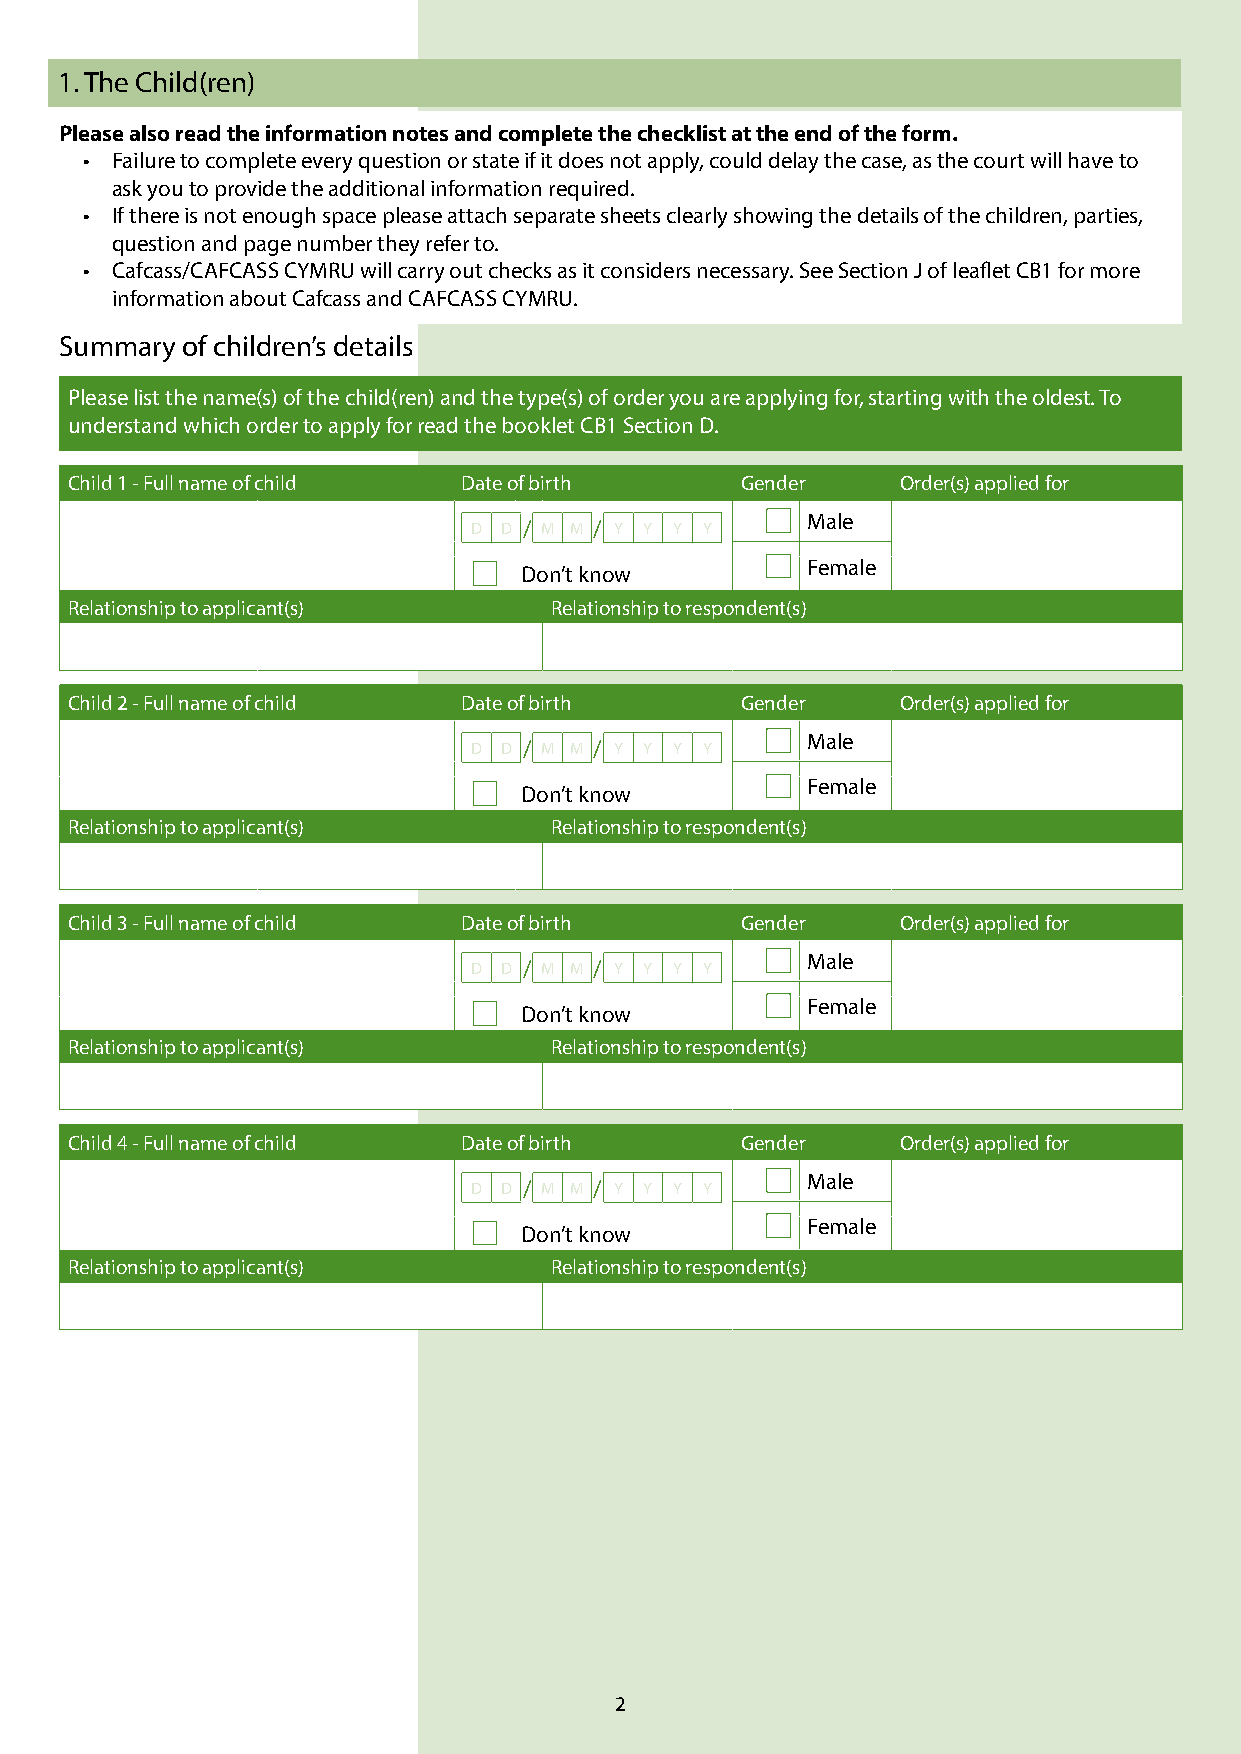
1. The Child(ren)
 Please also read the information notes and complete the checklist at the end of the form.
 • Failure to complete every question or state if it does not apply, could delay the case, as the court will have to
 ask you to provide the additional information required.
 • If there is not enough space please attach separate sheets clearly showing the details of the children, parties,
 question and page number they refer to.
 • Cafcass/CAFCASS CYMRU will carry out checks as it considers necessary. See Section J of leaflet CB1 for more
 information about Cafcass and CAFCASS CYMRU.
 Summary of children’s details
 Please list the name(s) of the child(ren) and the type(s) of order you are applying for, starting with the oldest. To
 understand which order to apply for read the booklet CB1 Section D.
 Child 1 - Full name of child Date of birth   Gender     Order(s) applied for
 D D / M M / Y Y Y Y   Male
 Female
 Don’t know
 Relationship to applicant(s)    Relationship to respondent(s)
 Child 2 - Full name of child Date of birth   Gender     Order(s) applied for
 D D / M M / Y Y Y Y   Male
 Female
 Don’t know
 Relationship to applicant(s)    Relationship to respondent(s)
 Child 3 - Full name of child Date of birth   Gender     Order(s) applied for
 D D / M M / Y Y Y Y   Male
 Female
 Don’t know
 Relationship to applicant(s)    Relationship to respondent(s)
 Child 4 - Full name of child Date of birth   Gender     Order(s) applied for
 D D / M M / Y Y Y Y   Male
 Female
 Don’t know
 Relationship to applicant(s)    Relationship to respondent(s)
 2